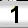
Digit: 1